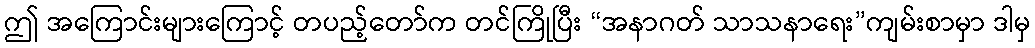
ဤ အကြောင်းများကြောင့် တပည့်တော်က တင်ကြိုပြီး “အနာဂတ် သာသနာရေး”ကျမ်းစာမှာ ဒါမှ